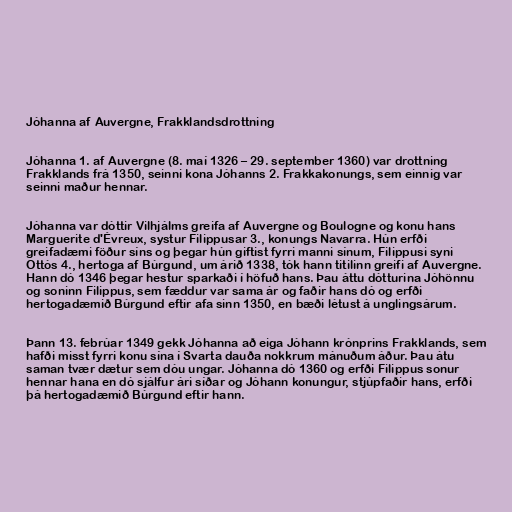
Jóhanna af Auvergne, Frakklandsdrottning

Jóhanna 1. af Auvergne (8. maí 1326 – 29. september 1360) var drottning
Frakklands frá 1350, seinni kona Jóhanns 2. Frakkakonungs, sem einnig var
seinni maður hennar.

Jóhanna var dóttir Vilhjálms greifa af Auvergne og Boulogne og konu hans
Marguerite d'Évreux, systur Filippusar 3., konungs Navarra. Hún erfði
greifadæmi föður síns og þegar hún giftist fyrri manni sínum, Filippusi syni
Ottós 4., hertoga af Búrgund, um árið 1338, tók hann titilinn greifi af Auvergne.
Hann dó 1346 þegar hestur sparkaði í höfuð hans. Þau áttu dótturina Jóhönnu
og soninn Filippus, sem fæddur var sama ár og faðir hans dó og erfði
hertogadæmið Búrgund eftir afa sinn 1350, en bæði létust á unglingsárum.

Þann 13. febrúar 1349 gekk Jóhanna að eiga Jóhann krónprins Frakklands, sem
hafði misst fyrri konu sína í Svarta dauða nokkrum mánuðum áður. Þau átu
saman tvær dætur sem dóu ungar. Jóhanna dó 1360 og erfði Filippus sonur
hennar hana en dó sjálfur ári síðar og Jóhann konungur, stjúpfaðir hans, erfði
þá hertogadæmið Búrgund eftir hann.